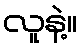
လူနဲ့။